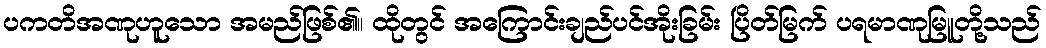
ပကတိအဏုဟူသော အမည်ဖြစ်၏။ ထိုတွင် အကြောင်းချည်ပင်အိုးခြမ်း ပြိတ်မြက် ပရမာဏုမြူတို့သည်